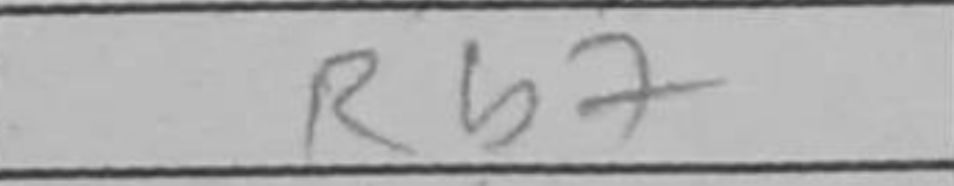
Transcription: Rb7